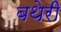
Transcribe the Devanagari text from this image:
बथेरी